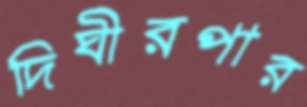
দিঘীরপার